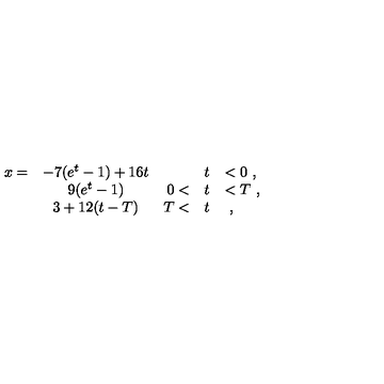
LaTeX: \begin{array} { r c r c l } { x = } & { - 7 ( e ^ { t } - 1 ) + 1 6 t \mathrm { } } & { } & { t } & { < 0 \ , } \\ { } & { 9 ( e ^ { t } - 1 ) } & { 0 < } & { t } & { < T \ , } \\ { } & { 3 + 1 2 ( t - T ) } & { T < } & { t } & { \ , } \\ \end{array}